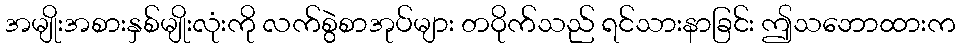
အမျိုးအစားနှစ်မျိုးလုံးကို လက်စွဲစာအုပ်များ တဝိုက်သည် ရင်သားနာခြင်း ဤသဘောထားက